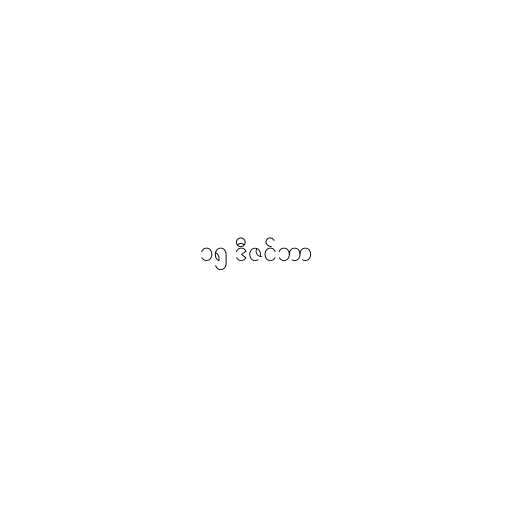
၁၅ ဒီဇင်ဘာ